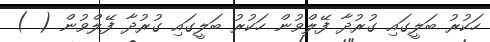
ހަކުރު ބަލީގައި ގުރުދާ ފޭލްވުން ހަކުރު ބަލީގައި ގުރުދާ ފޭލްވުން ( )